Vaccination report Assam 1896-1927 - 1896-1927
Year: 1896
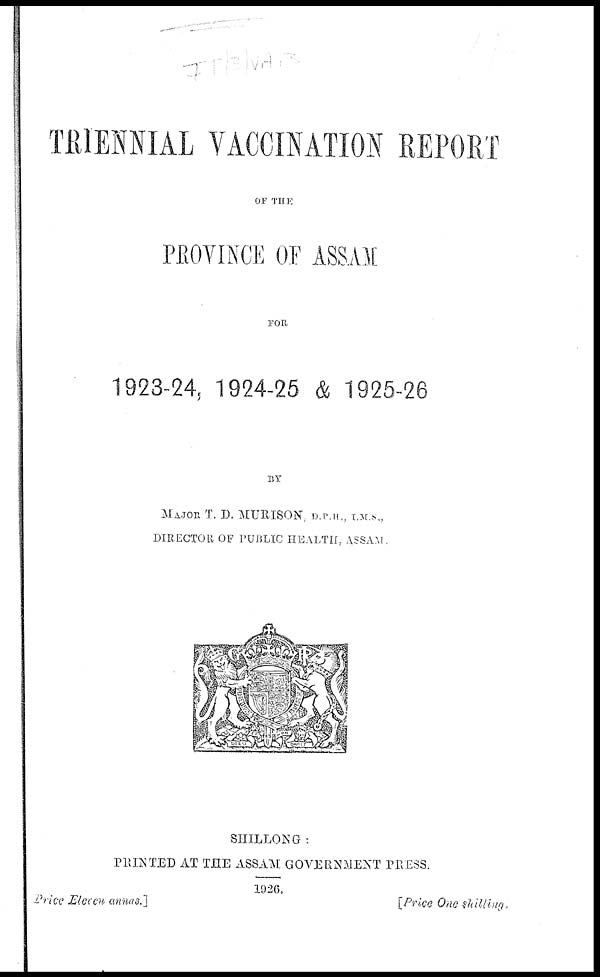
TRIENNIAL VACCINATION REPORT
OF THE
PROVINCE OF ASSAM
FOR
1923-24, 1924-25 & 1925-26
BY
MAJOR T. D. MURISON, D.P.H., I.M.S.,
DIRECTOR OF PUBLIC HEALTH, ASSAM.
SHILLONG :
PRINTED AT THE ASSAM GOVERNMENT PRESS.
1926.
Price Eleven annas.]
[Price One shilling .